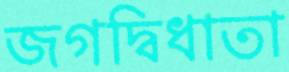
জগদ্বিধাতা